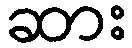
ဆား